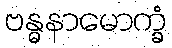
ဗန္ဓနာမောက္ခံ